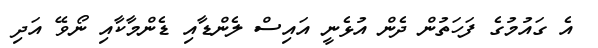
އެ ގައުމުގެ ފަހަތުން ދެން އުޅެނީ އައިސް ލެންޑާއި ޑެންމާކާއި ނޯވޭ އަދި